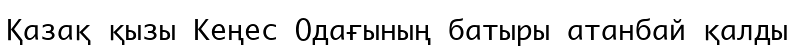
Қазақ қызы Кеңес Одағының батыры атанбай қалды